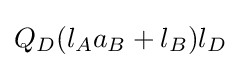
Q_{D}(l_{A}a_{B}+l_{B})l_{D}